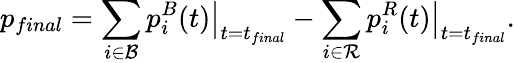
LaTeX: p_{final}=\sum_{i\in\mathcal{B}}\left.p_{i}^{B}(t)\right|_{t=t_{final}}-\sum_{i\in\mathcal{R}}\left.p_{i}^{R}(t)\right|_{t=t_{final}}.